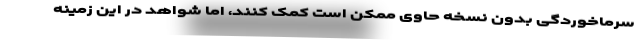
سرماخوردگی بدون نسخه حاوی ممکن است کمک کنند، اما شواهد در این زمینه